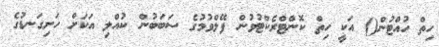
ހިތް ހުއްޓުން() އަކީ ހިތް ކޮންޓްރެކްޓުވުން ފޭލްވުމުގެ ސަބަބުން ކުއްލި އަކަށް ހަށިގަނޑުގެ